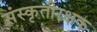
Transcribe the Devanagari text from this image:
संस्कृतीरक्षक